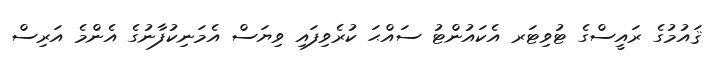
ޤައުމުގެ ރައީސްގެ ޓުވިޓަރ އެކައުންޓު ސައްޙަ ކުރެވިފައި ވިޔަސް އެމަނިކުފާނުގެ އެންމެ އަރިސް